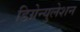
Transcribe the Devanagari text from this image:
डिग्रेन्युलेशन